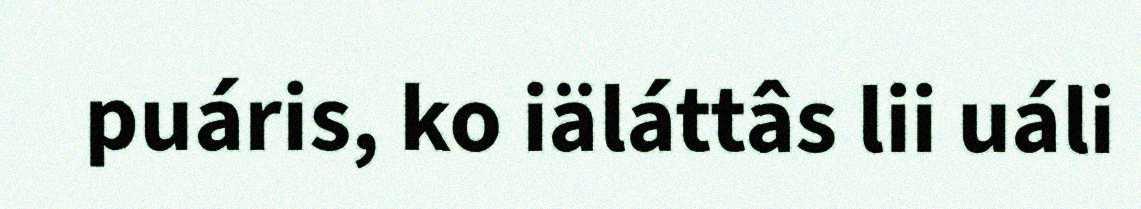
puáris, ko iäláttâs lii uáli